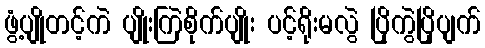
ဖွံ့ပျိုတင့်ကဲ ပျိုးကြဲစိုက်ပျိုး ပင့်ရိုးမလွဲ ပြိုကွဲပြိုပျက်